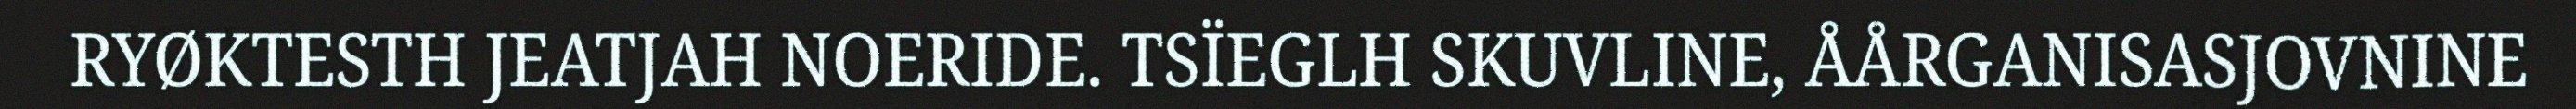
RYØKTESTH JEATJAH NOERIDE. TSÏEGLH SKUVLINE, ÅÅRGANISASJOVNINE